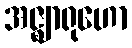
အဇ္ဈာရုဟော